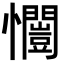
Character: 𭟥